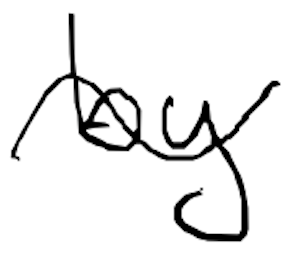
Text: by
Cross-out: wave
Writing tool: digital_black